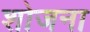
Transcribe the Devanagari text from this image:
शोजना